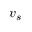
v _ { s }